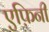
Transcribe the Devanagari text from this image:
एफ़िनी